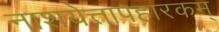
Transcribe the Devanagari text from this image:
नाशयेत्तापहारकम्